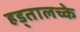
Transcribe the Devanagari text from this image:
हड्तालच्के